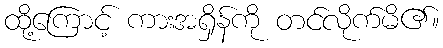
ထို့ကြောင့် ကားအရှိန်ကို တင်လိုက်မိ၏။